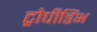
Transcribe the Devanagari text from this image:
ट्रोपीडिंभ